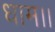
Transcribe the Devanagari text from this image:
धाम।।